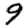
Digit: 9